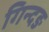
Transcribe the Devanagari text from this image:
गिन्दङ